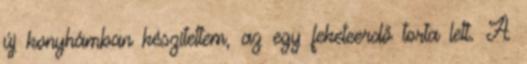
új konyhámban készítettem, az egy feketeerdő torta lett. A